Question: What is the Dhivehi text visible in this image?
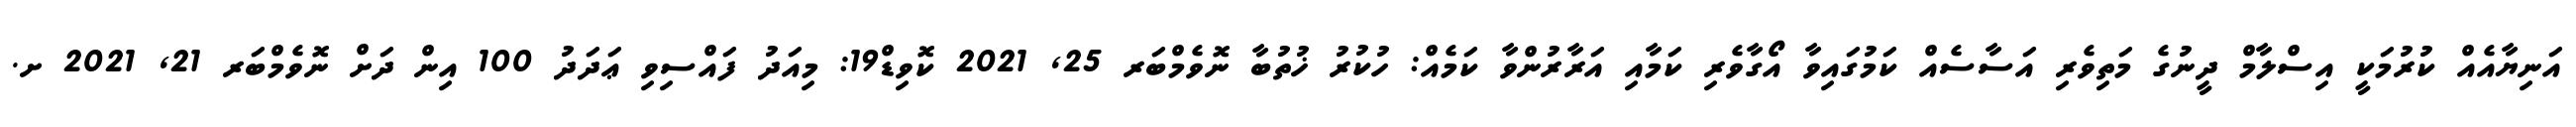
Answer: އަނިޔާއެއް ކުރުމަކީ އިސްލާމް ދީނުގެ މަތިވެރި އަސާސެއް ކަމުގައިވާ އޯގާވެރި ކަމާއި އަރާރުންވާ ކަމެއް: ހުކުރު ޚުތުބާ ނޮވެމްބަރ 25, 2021 ކޮވިޑް19: މިއަދު ފައްސިވި ޢަދަދު 100 އިން ދަށް ނޮވެމްބަރ 21, 2021 ށ.